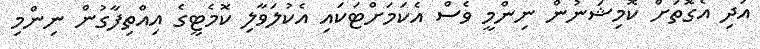
އަދި އެގޮތަށް ކޮމިޝަނުން ނިންމީ ވެސް އެކަމަށްޓަކައި އެކުލަވާލި ކޮމެޓީގެ އިއްތިފާގުން ނިންމި